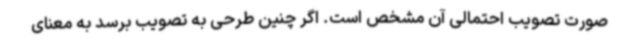
صورت تصویب احتمالی آن مشخص است. اگر چنین طرحی به تصویب برسد به معنای